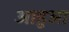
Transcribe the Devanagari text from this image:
आहुआ